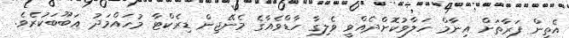
އެތިން ފަރާތަށް އިނާމް ހަލާވުކޮށްދެއްވީ ވެލިގާ ހާޑްވެއާގެ މެނޭޖިން ޑިރެކްޓާ މުހައްމަދު އަބޫބަކުރެވެ.